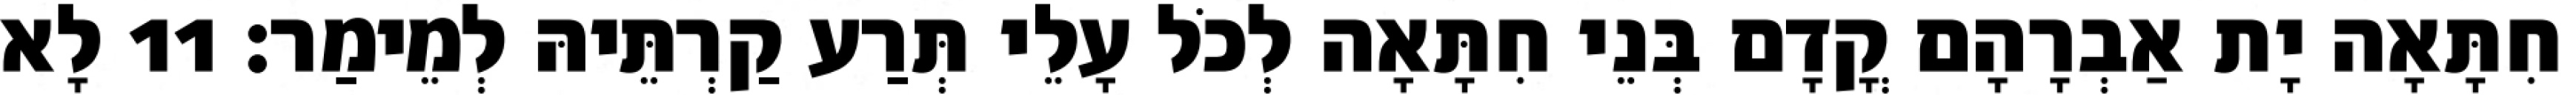
חִתָּאָה יָת אַבְרָהָם קֳדָם בְּנֵי חִתָּאָה לְכֹל עָלֵי תְּרַע קַרְתֵּיהּ לְמֵימַר׃ 11 לָא